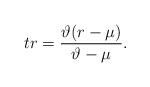
LaTeX: \begin{align*}tr=\frac{\vartheta(r-\mu)}{\vartheta-\mu}. \end{align*}